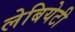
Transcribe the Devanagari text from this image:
लेबियेटी